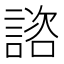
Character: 諮